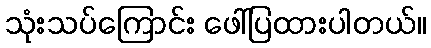
သုံးသပ်ကြောင်း ဖေါ်ပြထားပါတယ်။